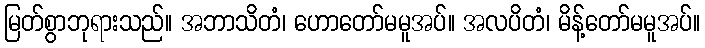
မြတ်စွာဘုရားသည်။ အဘာသိတံ၊ ဟောတော်မမူအပ်။ အလပိတံ၊ မိန့်တော်မမူအပ်။